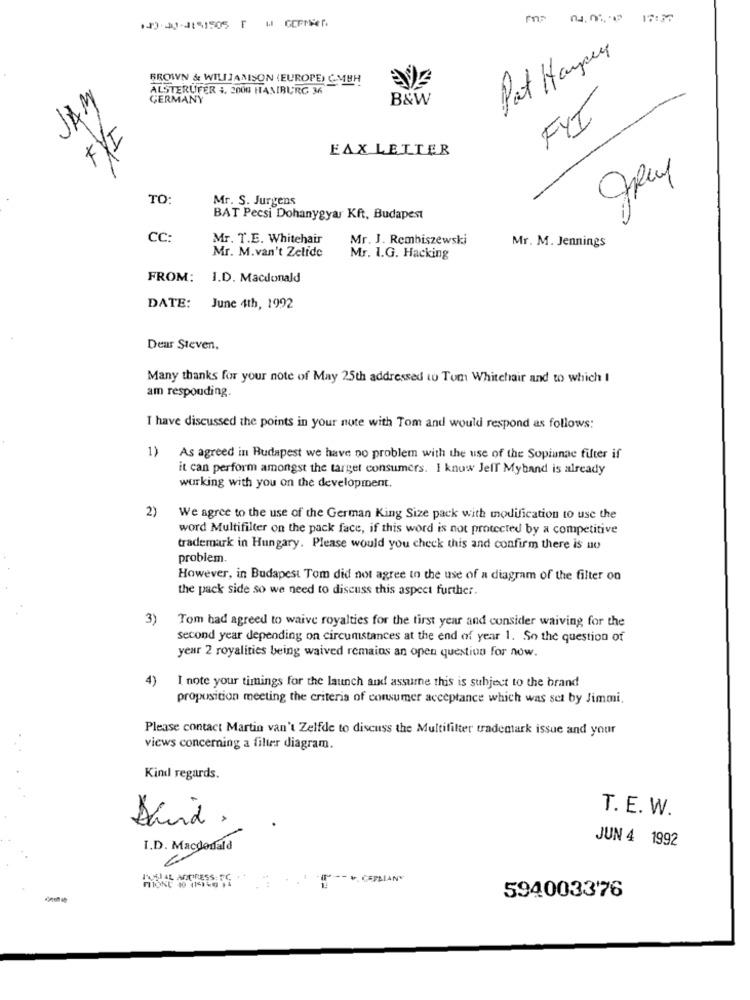
Pat Hayper
BROWN & WILLIAMSON (EUROPE) C.MBH
ALSTERUFER +, 2000 HAMBURG 36
GERMANY
B&W
JAM
FYI
FYI
EAX LETTER
TO:
Mr. S. Jurgens
BAT Pecsi Dohanygyar Kft. Budapest
CC:
Mr. T.E. Whitehair
Mr. J. Rembiszewski
Mr. M. Jennings
Mr. M.van't Zelfde
Mr. I.G. Hacking
FROM:
I.D. Macdonald
DATE:
June 4th, 1992
Dear Steven,
Many thanks for your note of May 25th addressed to Tom Whitehair and to which I
am responding.
I have discussed the points in your nute with Tom and would respond as follows:
1)
As agreed in Budapest we have no problem with the use of the Sopianae filter if
it can perform amongst the target consumers. I know Jeff Myband is already
working with you on the development.
2)
We agree to the use of the German King Size pack with modification to use the
word Multifilter on the pack face, if this word is not protected by a competitive
trademark in Hungary. Please would you check this and confirm there is no
problem.
However, in Budapest Tom did not agree to the use of a diagram of the filter on
the pack side so we need to discuss this aspect further.
3)
Tom had agreed to waive royalties for the first year and consider waiving for the
second year depending on circumstances at the end of year 1. So the question of
year 2 royalities being waived remains an open question for now.
4)
I note your timings for the launch and assurne this is subject to the brand
proposition meeting the criteria of consumer acceptance which was set by Jimmi.
Please contact Martin van't Zelfde to discuss the Multifilter trademark issue and your
views concerning a filter diagram.
Kind regards.
T. E. W.
David .
JUN 4 1992
I.D. Macdonald
594003376
--